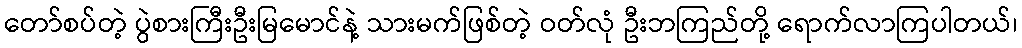
တော်စပ်တဲ့ ပွဲစားကြီးဦးမြမောင်နဲ့ သားမက်ဖြစ်တဲ့ ဝတ်လုံ ဦးဘကြည်တို့ ရောက်လာကြပါတယ်၊